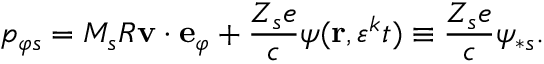
p _ { \varphi s } = M _ { s } R \mathbf { v } \cdot \mathbf { e } _ { \varphi } + \frac { Z _ { s } e } { c } \psi ( \mathbf { r } , \varepsilon ^ { k } t ) \equiv \frac { Z _ { s } e } { c } \psi _ { \ast s } .